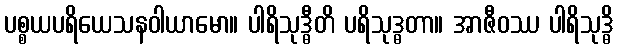
ပစ္စယပရိယေသနဝါယာမော။ ပါရိသုဒ္ဓီတိ ပရိသုဒ္ဓတာ။ အာဇီဝဿ ပါရိသုဒ္ဓိ